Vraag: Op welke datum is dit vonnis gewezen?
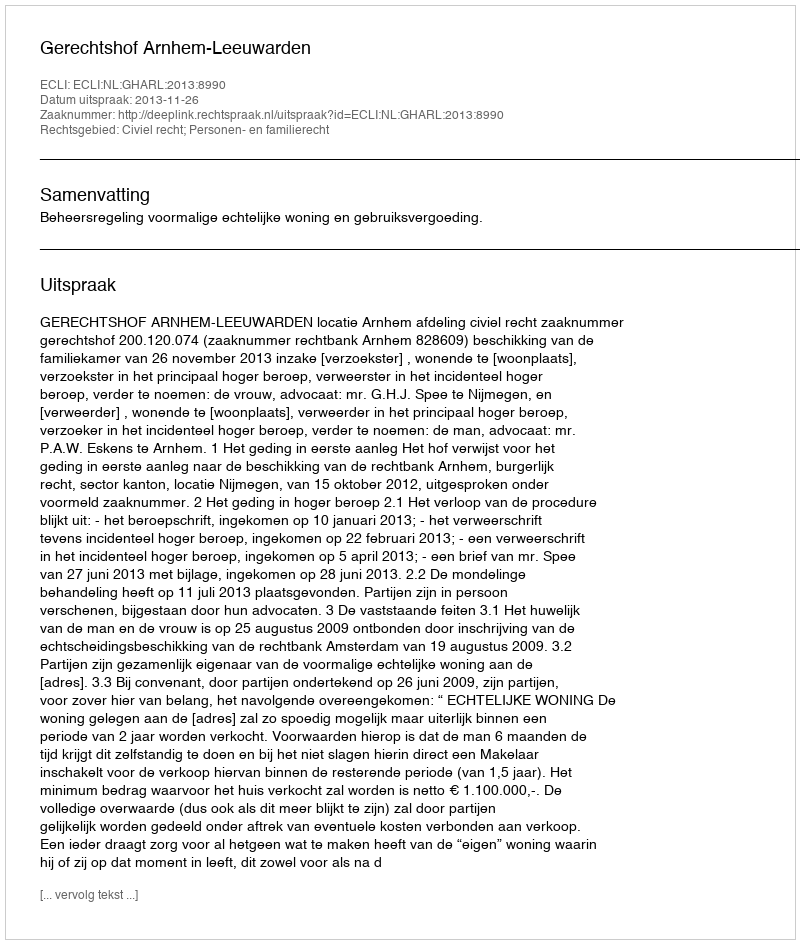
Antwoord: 2013-11-26